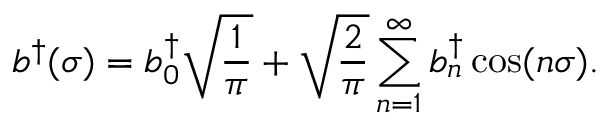
b ^ { \dag } ( \sigma ) = b _ { 0 } ^ { \dag } \sqrt { \frac { 1 } { \pi } } + \sqrt { \frac { 2 } { \pi } } \sum _ { n = 1 } ^ { \infty } { b _ { n } ^ { \dag } \cos ( n \sigma ) } .